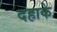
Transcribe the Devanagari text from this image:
दहाके